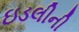
ઇડલીની